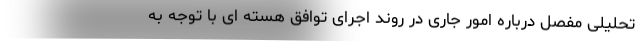
تحلیلی مفصل درباره امور جاری در روند اجرای توافق هسته ای با توجه به